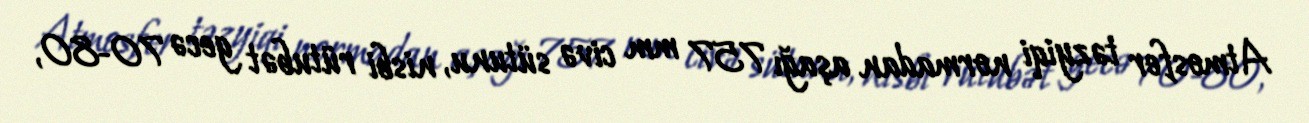
Atmosfer təzyiqi normadan aşağı 757 mm civə sütunu, nisbi rütubət gecə 70-80,